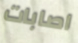
اصابات